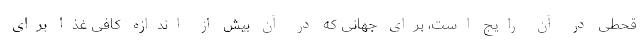
قحطی در آن رایج است، برای جهانی که در آن بیش از اندازه کافی غذا برای